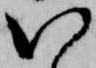
い